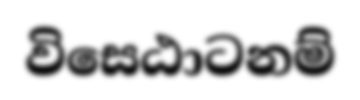
විසෙඨාටනම්